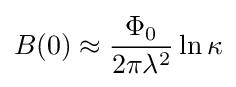
B(0)\approx {\frac {\Phi _{0}}{2\pi \lambda ^{2}}}\ln \kappa